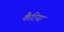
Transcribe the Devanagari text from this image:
कैटिया